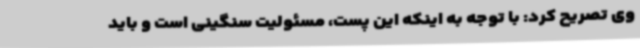
وی تصریح کرد: با توجه به اینکه این‌ پست، مسئولیت سنگینی است و باید